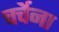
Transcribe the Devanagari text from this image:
चर्चेना